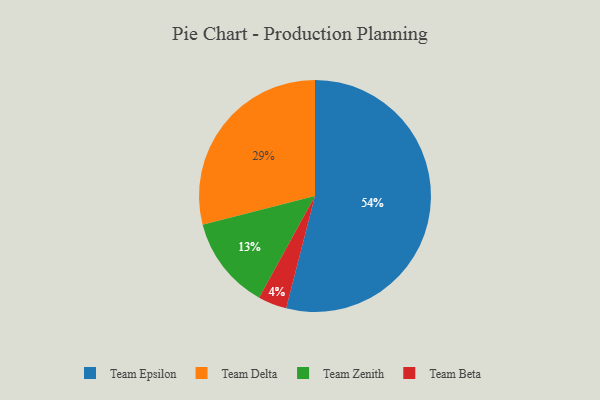
{"axis": {"x": "Category", "y": "Percentage"}, "legend": ["Team Beta", "Team Delta", "Team Epsilon", "Team Zenith"], "data": [{"x": "Team Beta", "y": 4, "type": "Team Beta"}, {"x": "Team Epsilon", "y": 54, "type": "Team Epsilon"}, {"x": "Team Zenith", "y": 13, "type": "Team Zenith"}, {"x": "Team Delta", "y": 29, "type": "Team Delta"}]}